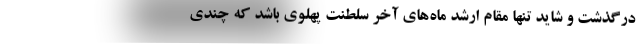
درگذشت و شاید تنها مقام ارشد ماه‌های آخر سلطنت پهلوی باشد که چندی